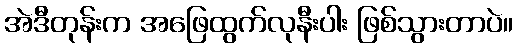
အဲဒီတုန်းက အဖြေထွက်လုနီးပါး ဖြစ်သွားတာပဲ။